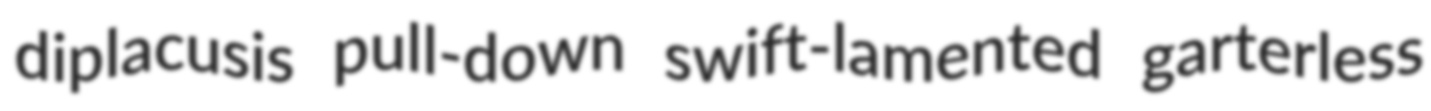
diplacusis pull-down swift-lamented garterless